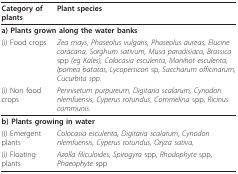
<table><thead><tr><td><b>Category of plants</b></td><td><b>Plant species</b></td></tr></thead><tbody><tr><td colspan="2"><b>a) Plants grown along the water banks</b></td></tr><tr><td>(i) Food crops</td><td><i>Zea mays, Phaseolus vulgaris, Phaseolus aureas, Elucine coracana, Sorghum sativum, Musa paradisiaca, Brassica </i>spp <i>(eg Kales), Colocasia esculenta, Manihot esculenta, Ipomea batatas, Lycopersicon </i>sp, <i>Saccharum officinarum, Cucurbita spp</i>.</td></tr><tr><td>(i) Non food crops</td><td><i>Pennisetum purpureum, Digitaria scalarum, Cynodon nlemfuensis, Cyperus rotundus, Commelina </i>spp, <i>Ricinus communis</i>.</td></tr><tr><td colspan="2"><b>b) Plants growing in water</b></td></tr><tr><td>(i) Emergent plants</td><td><i>Colocasia esculenta, Digitaria scalarum</i>, <i>Cynodon nlemfuensis, Cyperus rotundus, Oryza sativa</i>,</td></tr><tr><td>(i) Floating plants</td><td><i>Azolla filiculoides, Spirogyra </i>spp, <i>Rhodophyte </i>spp,<i>Phaeophyte </i>spp</td></tr></tbody></table>